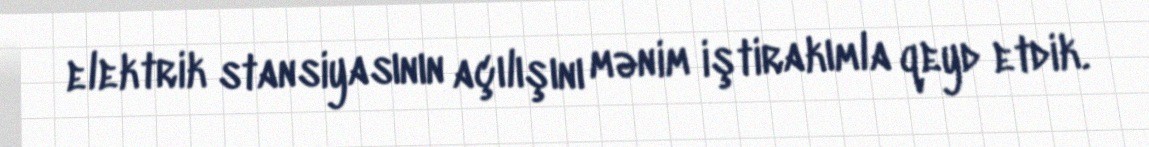
elektrik stansiyasının açılışını mənim iştirakımla qeyd etdik.